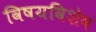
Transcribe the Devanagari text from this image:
विषयविशेष